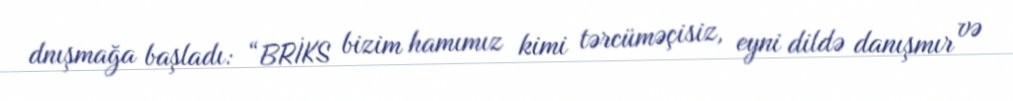
dnışmağa başladı: “BRİKS bizim hamımız kimi tərcüməçisiz, eyni dildə danışmır və